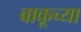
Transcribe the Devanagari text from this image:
बाकूच्या